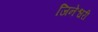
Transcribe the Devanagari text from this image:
जिनेश्वरी